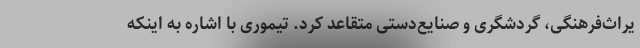
یراث‌فرهنگی، گردشگری و صنایع‌دستی متقاعد کرد. تیموری با اشاره به اینکه